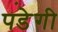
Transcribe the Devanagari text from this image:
पडे़गी